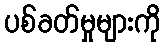
ပစ်ခတ်မှုများကို